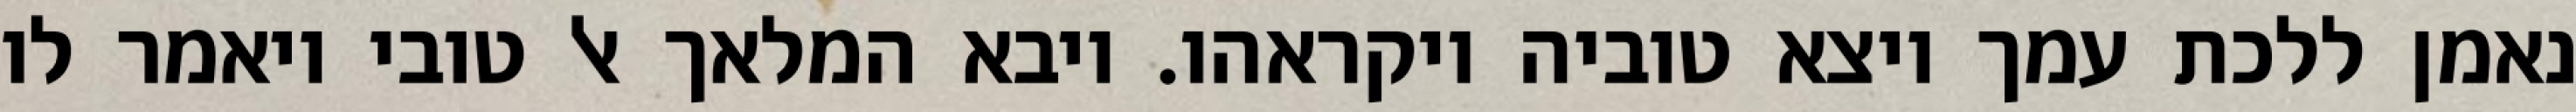
נאמן ללכת עמך ויצא טוביה ויקראהו. ויבא המלאך אל טובי ויאמר לו